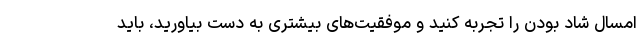
امسال شاد بودن را تجربه کنید و موفقیت‌های بیشتری به دست بیاورید، باید